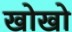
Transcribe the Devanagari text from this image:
खोखाे